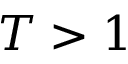
T > 1